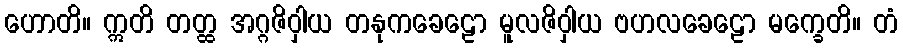
ဟောတိ။ ဣတိ တတ္ထ အဂ္ဂဇိဝှါယ တနုကခေဠော မူလဇိဝှါယ ဗဟလခေဠော မက္ခေတိ။ တံ